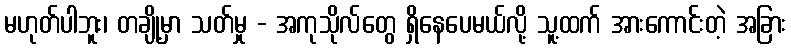
မဟုတ်ပါဘူး၊ တချို့မှာ သတ်မှု - အကုသိုလ်တွေ ရှိနေပေမယ်လို့ သူ့ထက် အားကောင်းတဲ့ အခြား